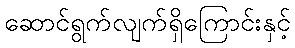
ဆောင်ရွက်လျက်ရှိကြောင်းနှင့်